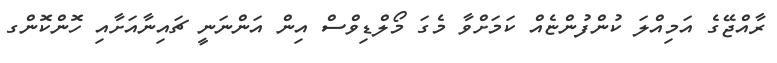
ރާއްޖޭގެ އަމިއްލަ ކުންފުންޏެއް ކަމަށްވާ މެގަ މޯލްޑިވްސް އިން އަންނަނީ ޗައިނާއަށާއި ހޮންކޮންގ